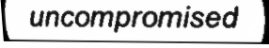
uncompromised